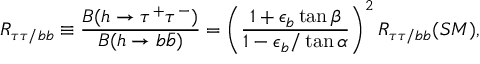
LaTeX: R _ { \tau \tau / b b } \equiv \frac { B ( h \rightarrow \tau ^ { + } \tau ^ { - } ) } { B ( h \rightarrow b \bar { b } ) } = \left( \frac { 1 + \epsilon _ { b } \tan { \beta } } { 1 - \epsilon _ { b } / \tan { \alpha } } \right) ^ { 2 } R _ { \tau \tau / b b } ( S M ) , \nonumber